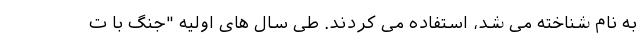
به نام شناخته می شد، استفاده می کردند. طی سال های اولیه "جنگ با ت